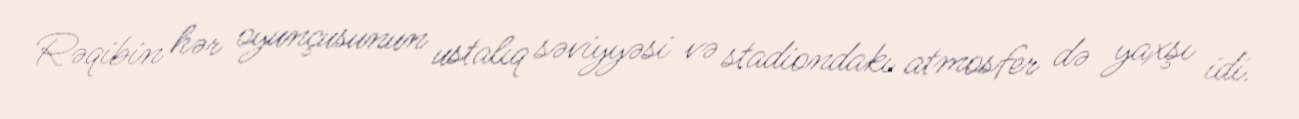
Rəqibin hər oyunçusunun ustalıq səviyyəsi və stadiondakı atmosfer də yaxşı idi.